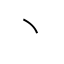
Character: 丶